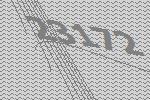
23172